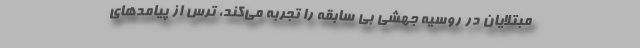
مبتلایان در روسیه جهشی بی سابقه را تجربه می‌کند، ترس از پیامدهای